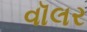
વૉલર